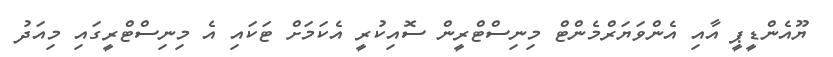
ޔޫއެންޑީޕީ އާއި އެންވަޔަރްމެންޓް މިނިސްޓްރީން ސޮއިކުރީ އެކަމަށް ޓަކައި އެ މިނިސްޓްރީގައި މިއަދު